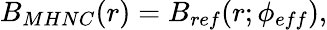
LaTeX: B_{MHNC}(r)=B_{ref}(r;\phi_{eff}),